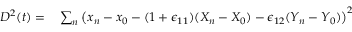
\begin{array} { r l } { D ^ { 2 } ( t ) = } & { { } \sum _ { n } \left( x _ { n } - x _ { 0 } - ( 1 + \epsilon _ { 1 1 } ) ( X _ { n } - X _ { 0 } ) - \epsilon _ { 1 2 } ( Y _ { n } - Y _ { 0 } ) \right) ^ { 2 } } \end{array}